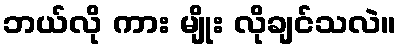
ဘယ်လို ကား မျိုး လိုချင်သလဲ။